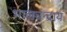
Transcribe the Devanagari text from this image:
भालचन्द्राय